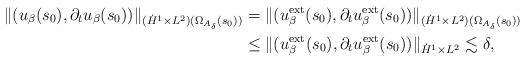
LaTeX: \begin{align*}\|(u_\beta(s_0), \partial_t u_\beta(s_0))\|_{(\dot H^1\times L^2)(\Omega_{A_\delta}(s_0))}& = \|(u^{\rm ext}_\beta(s_0), \partial_t u^{\rm ext}_\beta(s_0))\|_{(\dot H^1\times L^2)(\Omega_{A_\delta}(s_0))} \\& \leq \|(u_\beta^{\rm ext}(s_0), \partial_t u_\beta^{\rm ext}(s_0))\|_{\dot H^1\times L^2}\lesssim \delta,\end{align*}